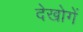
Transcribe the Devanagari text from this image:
देखोगें